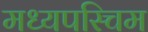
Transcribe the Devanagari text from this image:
मध्यपस्चिम